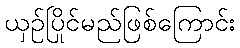
ယှဉ်ပြိုင်မည်ဖြစ်ကြောင်း